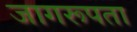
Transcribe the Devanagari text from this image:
जागरूपता